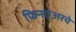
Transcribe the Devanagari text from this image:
फिनएअरचे